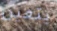
يتعين